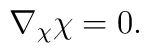
\nabla_{\chi}{\chi}=0.